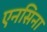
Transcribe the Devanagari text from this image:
एनसिना